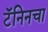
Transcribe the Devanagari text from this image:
टॅनिनचा